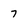
Character: 7